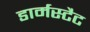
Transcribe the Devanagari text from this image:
डार्मस्टैट